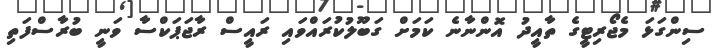
ސިންގަޅަ މެޖޯރިޓީގެ ތާއީދު އޮންނާނެ ކަމަށް ގަބޫލުކުރައްވައި ރައީސް ރާޖަޕަކްސާ ވަނީ ބުރާސްފަތި